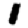
Digit: 1